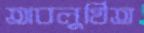
অবলুণ্ঠিত